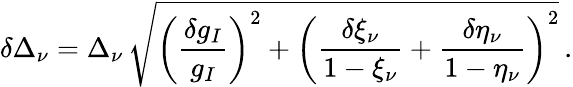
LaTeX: \delta\Delta_{\nu}=\Delta_{\nu}\, \sqrt{\bigg(\frac{\delta g_{I}}{g_{I}}\bigg)^{2}+\bigg(\frac{\delta\xi_{\nu}}{1-\xi_{\nu}}+\frac{\delta\eta_{\nu}}{1-\eta_{\nu}}\bigg)^{2}}\, .